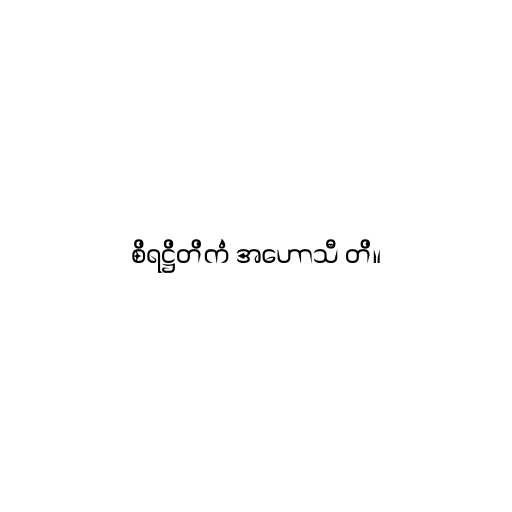
စိရဋ္ဌိတိကံ အဟောသီ တိ။